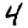
Digit: 4